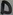
Text: D